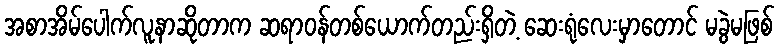
အစာအိမ်ပေါက်လူနာဆိုတာက ဆရာဝန်တစ်ယောက်တည်းရှိတဲ့ ဆေးရုံလေးမှာတောင် မခွဲမဖြစ်